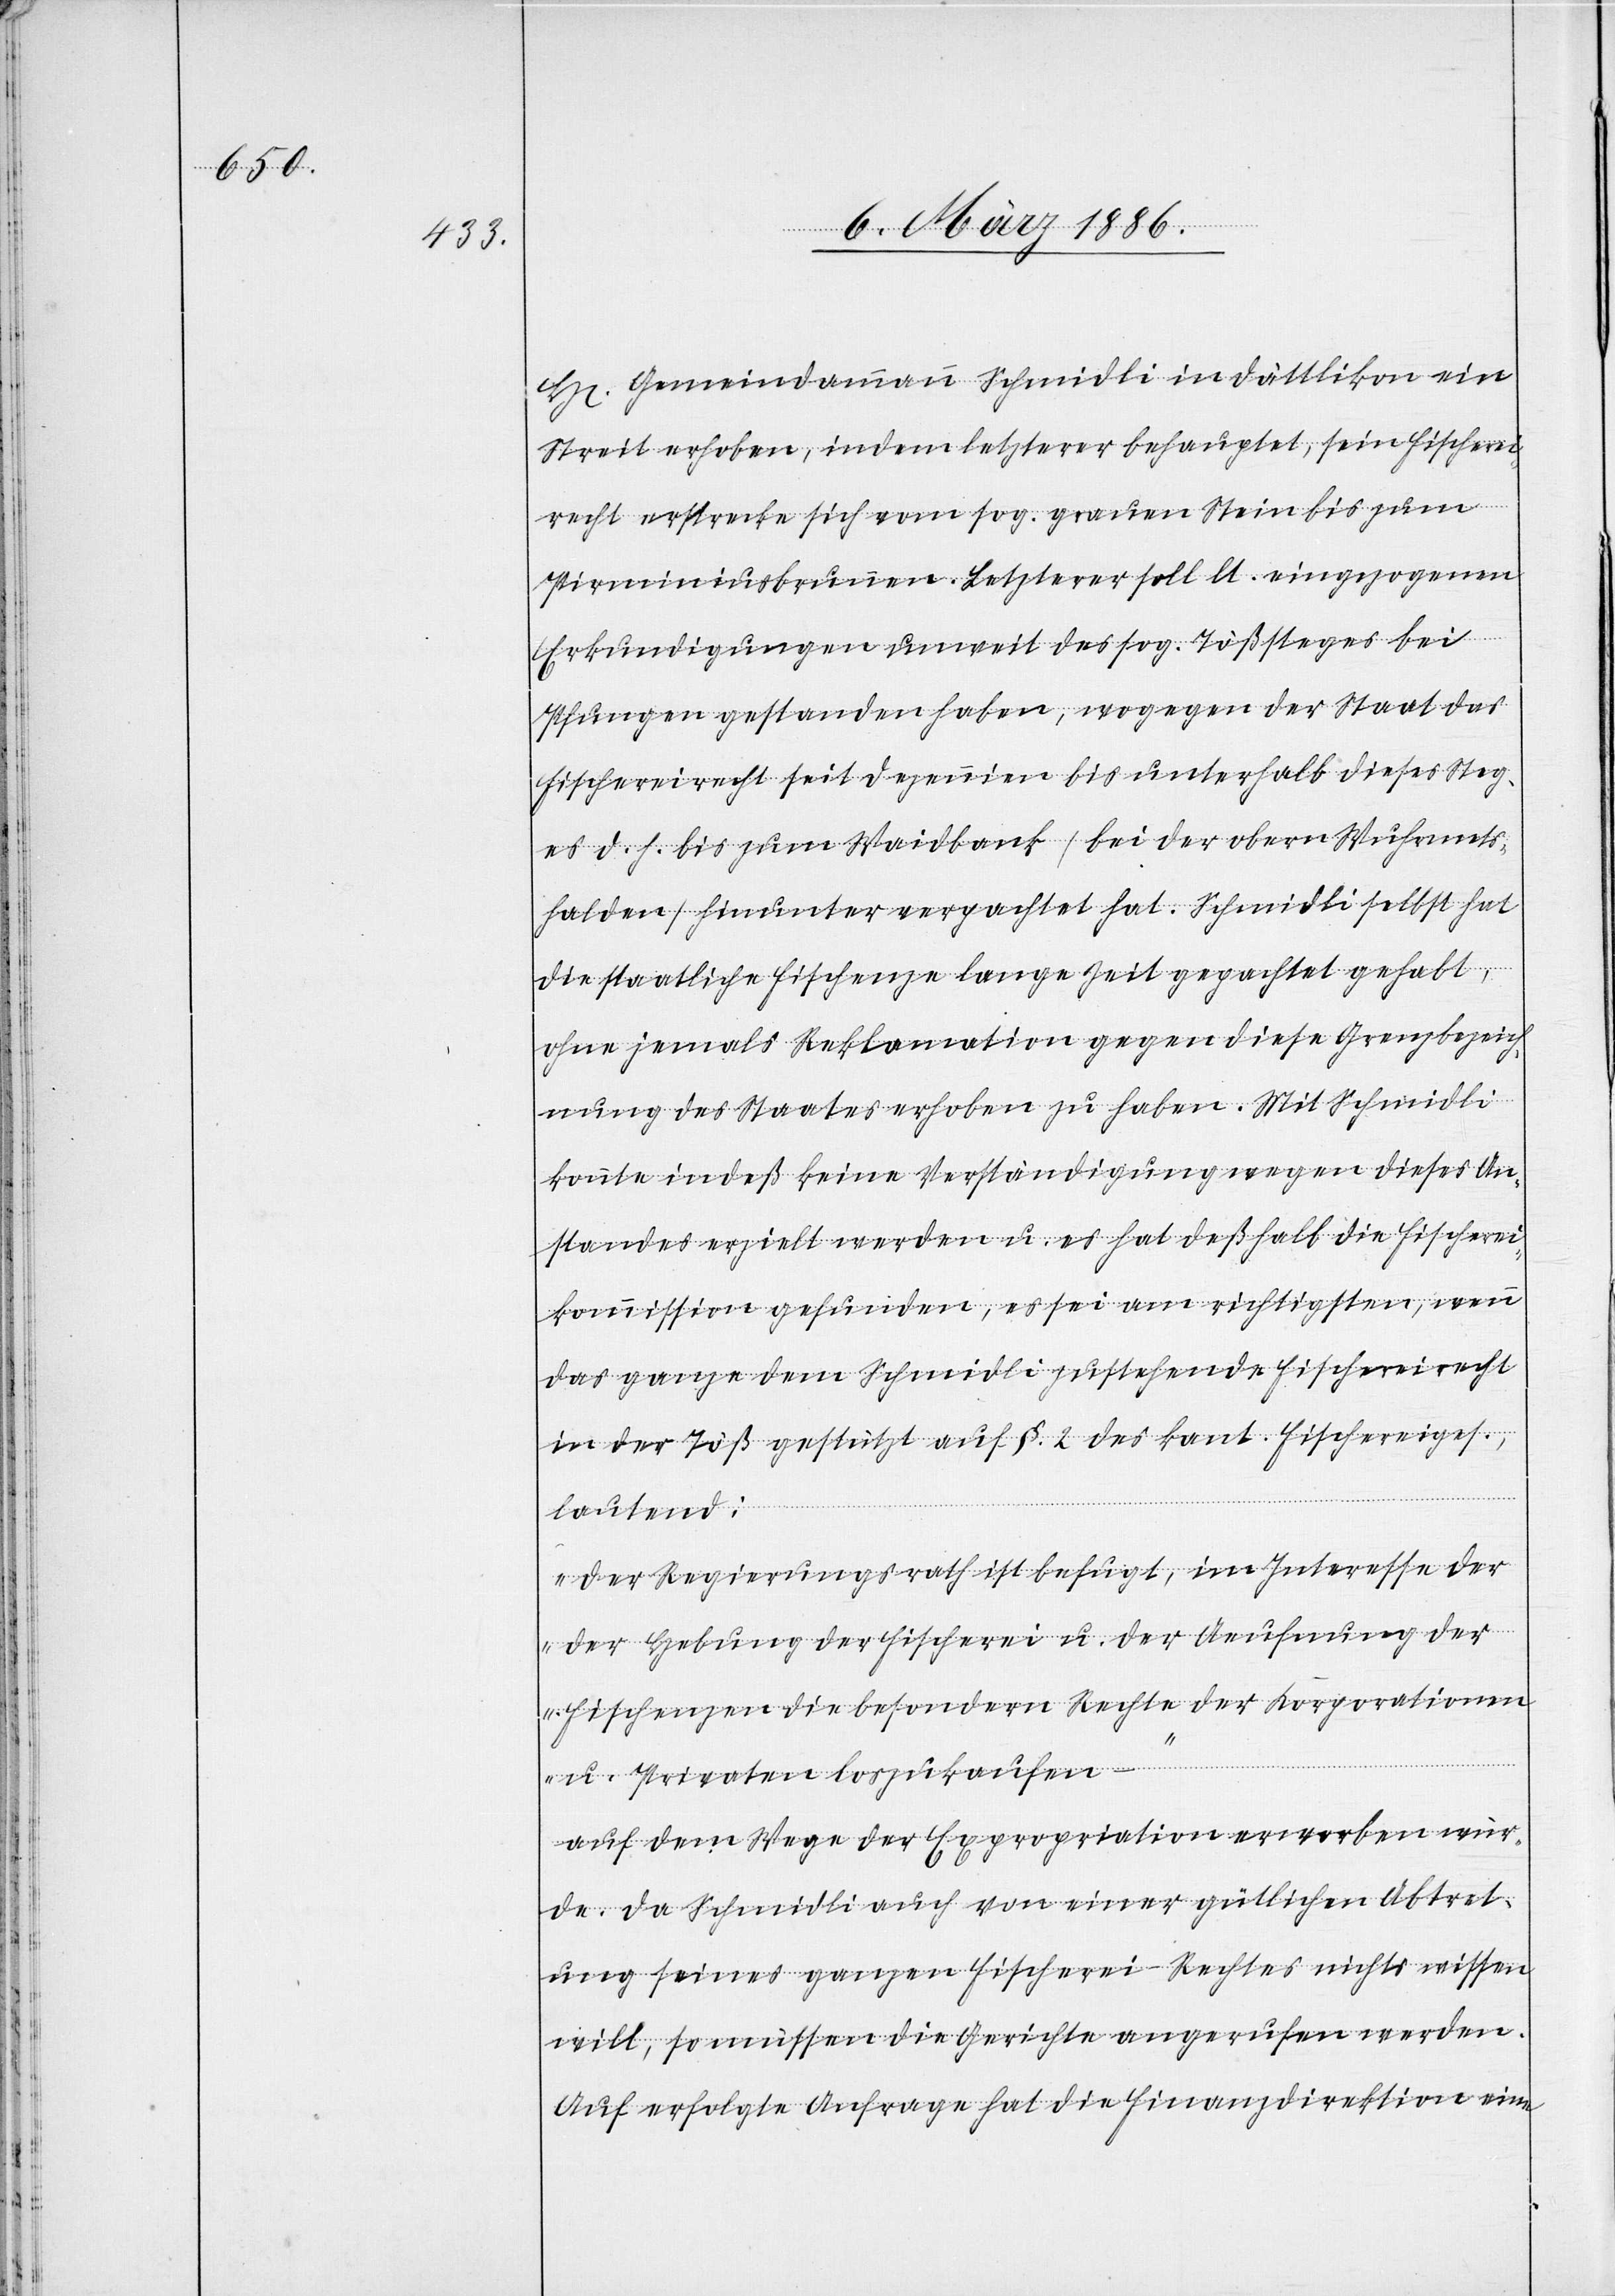
H[errn] Gemeindeammann Schmidli in Dättlikon ein
Streit erhoben, indem letzterer behauptet, sein Fischerei¬
recht strecke sich vom sog. grauen Stein bis zum
Priminiusbrunnen. Letzterer soll lt. eingezogenen
Erkundigungen unweit des sog. Tößsteges bei
Pfungen gestanden haben, wogegen der Staat das
Fischerreicht seit Dezennien bis unterhalb dieses Steg¬
es d. h. bis zum Waidbank (bei der obern Wuhrmets¬
halden) hinunter verpachtet hat. Schmidli selbst hat
die staatliche Fischenze lange Zeit gepachtet gehabt,
ohne jemals Reklamation gegen diese Grenzbezeich¬
nung des Staates erhoben zu haben. Mit Schmidli
konnte indeß keine Verständigung wegen dieses An¬
standes erzielt werden u. es hat deßhalb die Fischerei¬
kommission gefunden, es sei am richtigsten, wenn
das ganze dem Schmidli zustehende Fischereirecht
in der Töß gestützt auf §. 2 des kant. Fischereiges.
lautend:
„Der Regierungsrath ist befugt, im Interesse d¬
er Hebung der Fischerei u. der Aeufnung der
Fischenzen die besondern Rechte der Korporationen
u. Privaten loszukaufen“
auf dem Wege der Expropriation erworben wür¬
de. Da Schmidli auch von einer gütlichen Abtret¬
ung seines ganzen Fischerei-Rechtes nichts wissen
will, so müssen die Gerichte angerufen werden.
Auf erfolgte Anfrage hat die Finanzdirektion eine